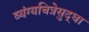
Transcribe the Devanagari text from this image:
व्यंग्यचित्रेसुद्धा